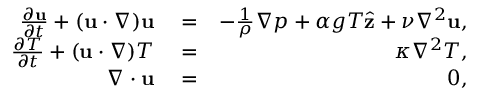
\begin{array} { r l r } { \frac { \partial { \bf u } } { \partial t } + ( { \bf u } \cdot \nabla ) { \bf u } } & { { } = } & { - \frac { 1 } { \rho } \nabla p + \alpha g T \hat { \bf z } + \nu \nabla ^ { 2 } { \bf u } , } \\ { \frac { \partial T } { \partial t } + ( { \bf u } \cdot \nabla ) T } & { { } = } & { \kappa \nabla ^ { 2 } T , } \\ { \nabla \cdot { \bf u } } & { { } = } & { 0 , } \end{array}